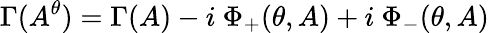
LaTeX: \Gamma(A^{\theta})=\Gamma(A)-i\ \Phi_{+}(\theta,A)+i\ \Phi_{-}(\theta,A)